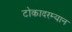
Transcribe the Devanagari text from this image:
टोकादरम्यान